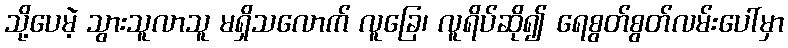
သို့ပေမဲ့ သွားသူလာသူ မရှိသလောက် လူခြေ၊ လူရိပ်ဆို၍ ရေစွတ်စွတ်လမ်းပေါ်မှာ